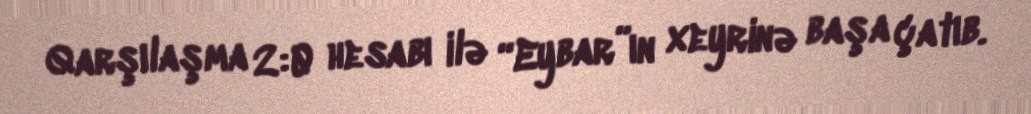
Qarşılaşma 2:0 hesabı ilə “Eybar”ın xeyrinə başa çatıb.